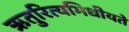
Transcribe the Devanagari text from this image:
ऋतुरित्यभिधीयते